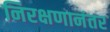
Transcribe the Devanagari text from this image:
निरक्षणानंतर